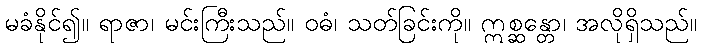
မခံနိုင်၍။ ရာဇာ၊ မင်းကြီးသည်။ ဝဓံ၊ သတ်ခြင်းကို။ ဣစ္ဆန္တော၊ အလိုရှိသည်။